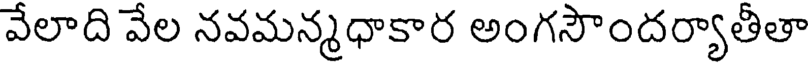
వేలాది వేల నవమన్మధాకార అంగసౌందర్యాతీతా